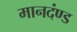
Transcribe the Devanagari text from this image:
मानदंण्ड